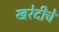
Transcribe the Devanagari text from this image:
खरेदीचे